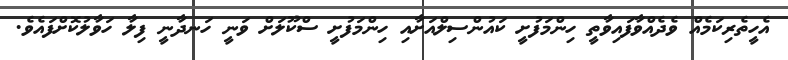
އެހީތެރިކަމެއް ވެދެއްވާފައިވާތީ ހިންމަފުށީ ކައުންސިލްއަށާއި ހިންމަފުށީ ސްކޫލަށް ވަނީ ހަނދާނީ ފިލާ ހަވާލުކޮށްފައެވެ.